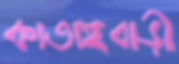
কাতাইবাড়ী